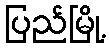
ပြည်မြို့